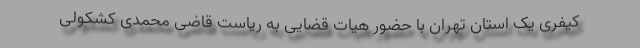
کیفری یک استان تهران با حضور هیات قضایی به ریاست قاضی محمدی کشکولی